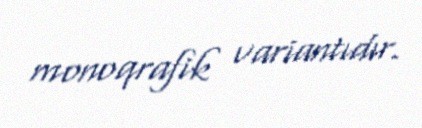
monoqrafik variantıdır.